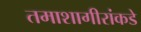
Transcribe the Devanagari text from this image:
तमाशागीरांकडे